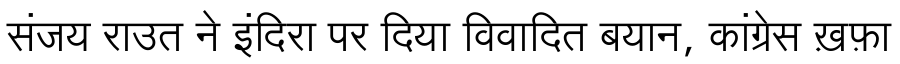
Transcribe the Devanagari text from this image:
संजय राउत ने इंदिरा पर दिया विवादित बयान, कांग्रेस ख़फ़ा